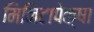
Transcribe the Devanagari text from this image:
मिनिटापेक्षा